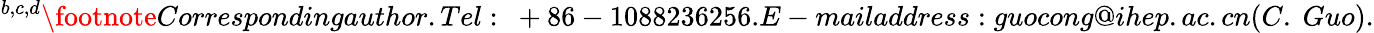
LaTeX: ^{b,c,d}\footnote{Correspondingauthor.Tel:~+86-1088236256.E-mailaddress:guocong@ihep.ac.cn(C.~Guo).}